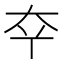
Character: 𫯟